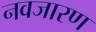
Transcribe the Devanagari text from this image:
नवजारण